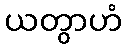
ယတွာဟံ